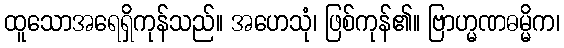
ထူသောအရေရှိကုန်သည်။ အဟေသုံ၊ ဖြစ်ကုန်၏။ ဗြာဟ္မဏဓမ္မိက၊